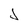
Character: J